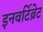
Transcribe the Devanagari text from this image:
इनवर्टिब्रेट